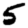
Digit: 5